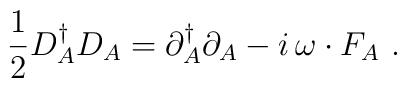
\frac12D_A^\dagger D_A = \partial_A^\dagger \partial_A -i\,\omega\cdot F_A\ .